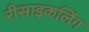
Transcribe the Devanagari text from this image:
रीसाइकलिंग